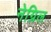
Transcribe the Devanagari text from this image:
नेग्रिल